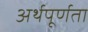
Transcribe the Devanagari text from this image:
अर्थपूर्णता